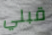
قبلي